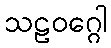
သဠဝဂ္ဂေါ